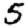
Digit: 5